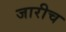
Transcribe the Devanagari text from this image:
जारीच